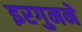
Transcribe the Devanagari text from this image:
इरगुनने